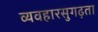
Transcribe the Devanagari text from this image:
व्यवहारसुगढ़ता